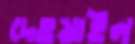
দেওয়াইল